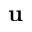
\bf { u }